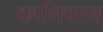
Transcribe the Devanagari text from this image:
कालिचरन